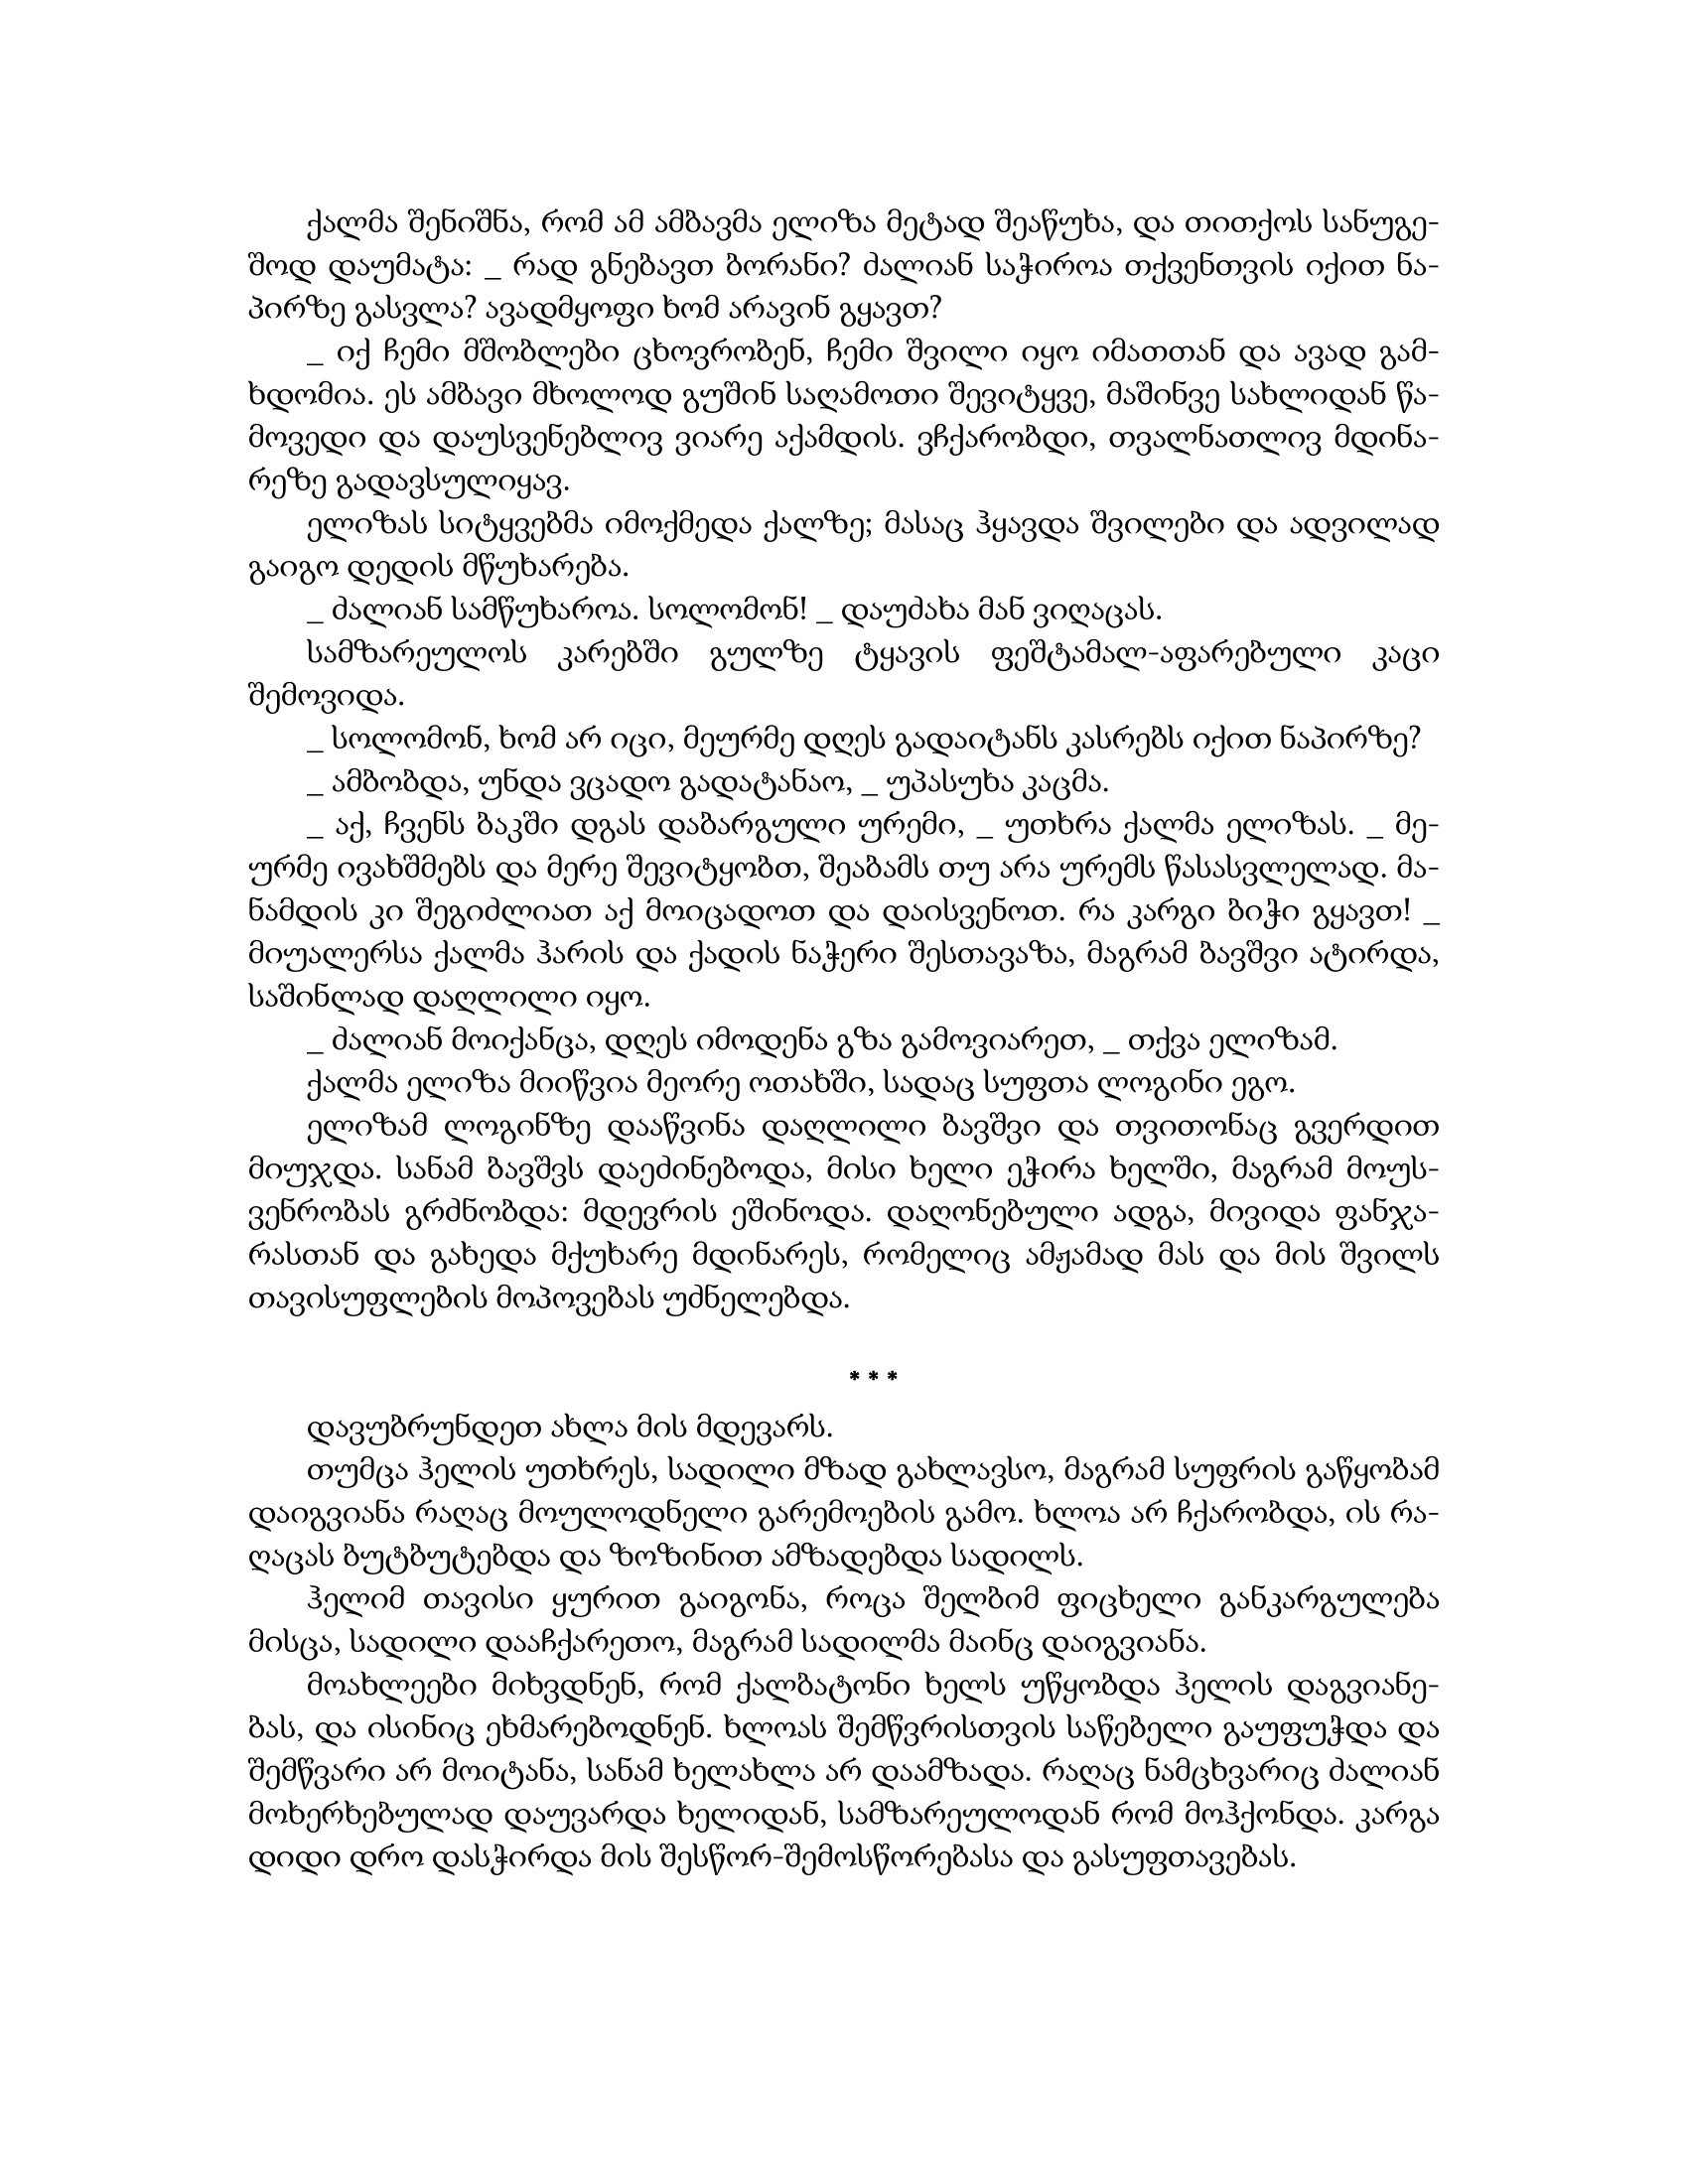
Language: gr